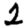
Digit: 2